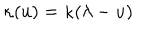
LaTeX: \kappa ( u ) = \kappa ( \lambda - u )